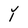
Character: Y